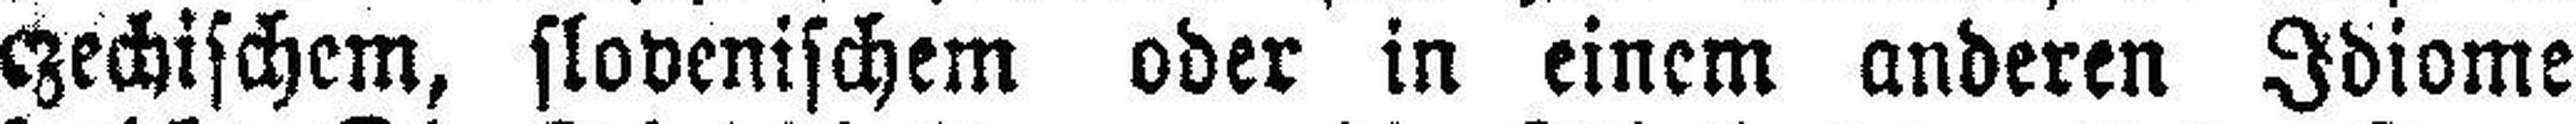
czechischem, slovenischem oder in einem anderen Idiome